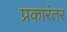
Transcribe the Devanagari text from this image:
प्रकारंतर